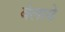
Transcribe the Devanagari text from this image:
बेलावे